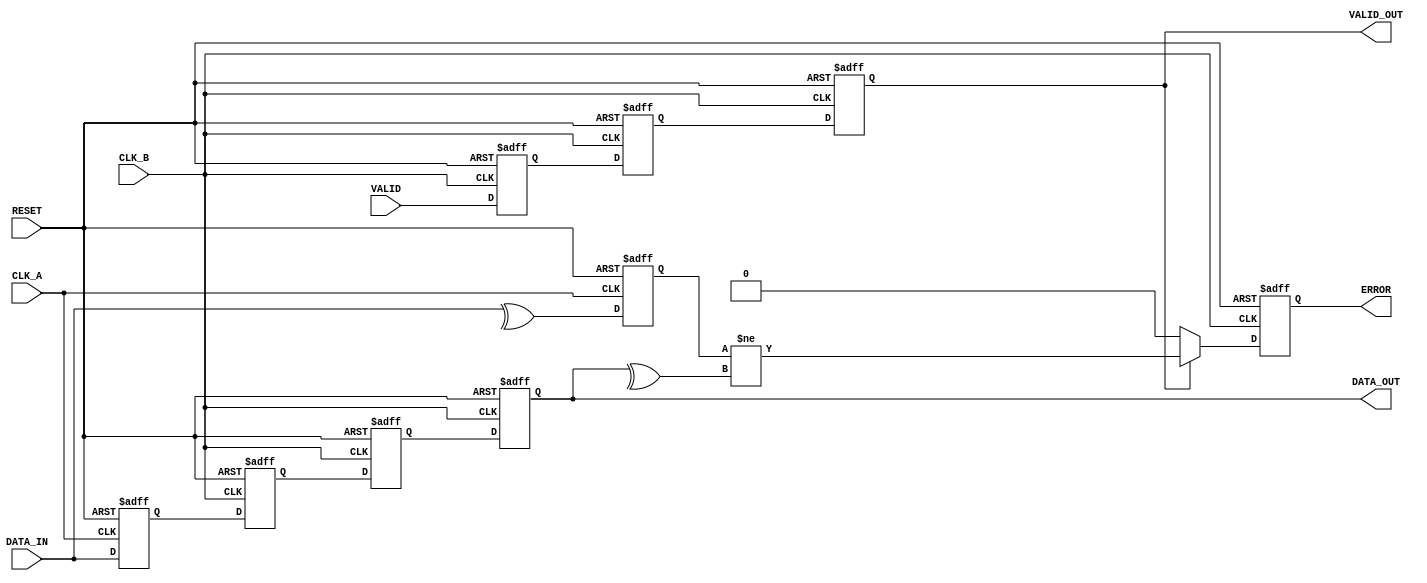
module cdc_with_error_detection (
    input wire CLK_A,
    input wire CLK_B,
    input wire RESET,
    input wire [7:0] DATA_IN,       // 8-bit data input
    input wire VALID,                // Valid signal from CLK_A domain
    output reg [7:0] DATA_OUT,       // Synchronized data output in CLK_B domain
    output reg VALID_OUT,            // Synchronized valid signal in CLK_B domain
    output reg ERROR                 // Error signal
);

    reg [7:0] data_reg;              // Register to hold data in CLK_A domain
    reg parity_bit;                  // Parity bit for error detection
    reg [7:0] data_sync_1, data_sync_2; // Synchronization registers
    reg valid_sync_1, valid_sync_2; // Synchronization registers for VALID signal

    // Calculate parity bit in CLK_A domain
    always @(posedge CLK_A or posedge RESET) begin
        if (RESET) begin
            parity_bit <= 1'b0;
            data_reg <= 8'b0;
        end else begin
            data_reg <= DATA_IN;
            parity_bit <= ^DATA_IN; // Calculate parity (even parity)
        end
    end

    // Synchronize data and valid signal to CLK_B domain
    always @(posedge CLK_B or posedge RESET) begin
        if (RESET) begin
            DATA_OUT <= 8'b0;
            VALID_OUT <= 1'b0;
            ERROR <= 1'b0;
            data_sync_1 <= 8'b0;
            data_sync_2 <= 8'b0;
            valid_sync_1 <= 1'b0;
            valid_sync_2 <= 1'b0;
        end else begin
            // Synchronize data
            data_sync_1 <= data_reg; // First stage of synchronization
            data_sync_2 <= data_sync_1; // Second stage of synchronization
            DATA_OUT <= data_sync_2; // Output the synchronized data

            // Synchronize valid signal
            valid_sync_1 <= VALID; // First stage of synchronization
            valid_sync_2 <= valid_sync_1; // Second stage of synchronization
            VALID_OUT <= valid_sync_2; // Output the synchronized valid signal

            // Error detection
            if (VALID_OUT) begin
                // Check parity
                ERROR <= (parity_bit != ^DATA_OUT); // Compare received parity with calculated parity
            end else begin
                ERROR <= 1'b0; // No error if valid signal is not asserted
            end
        end
    end

endmodule